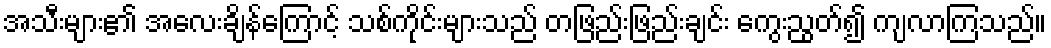
အသီးများ၏ အလေးချိန်ကြောင့် သစ်ကိုင်းများသည် တဖြည်းဖြည်းချင်း ကွေးညွတ်၍ ကျလာကြသည်။